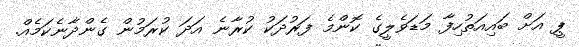
ޕީ އަށް ބައިއަތުހިފާ މަޑަވެލީގެ ކޮންމެ ފަރުދަކު ކުރާނެ އަދަ ކުރަމުން ގެންދާނެކަމެއް.